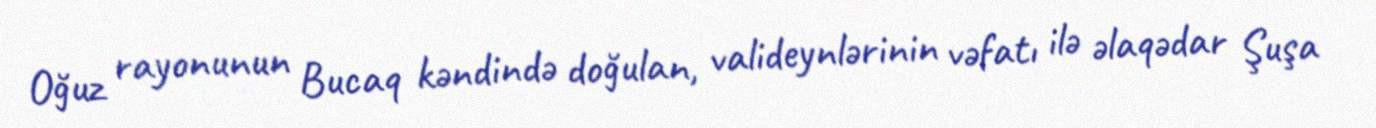
Oğuz rayonunun Bucaq kəndində doğulan, valideynlərinin vəfatı ilə əlaqədar Şuşa